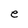
Character: e